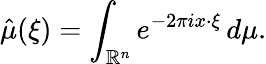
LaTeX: {\hat{\mu}}(\xi)=\int_{\mathbb{R}^{n}}e^{-2\pi ix\cdot\xi}\, d\mu.